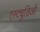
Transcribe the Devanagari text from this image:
एस्ट्युडिओ